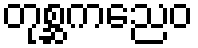
တုစ္ဆကညေဝ